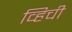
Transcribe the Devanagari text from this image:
व्हिची